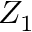
Z _ { 1 }